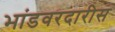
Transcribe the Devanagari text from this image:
भांडवरदारीस